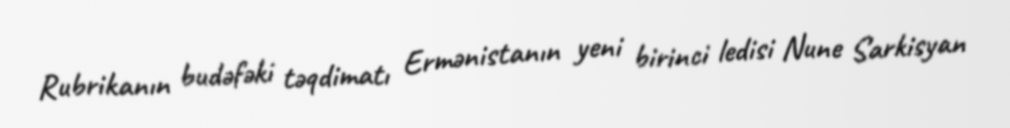
Rubrikanın budəfəki təqdimatı Ermənistanın yeni birinci ledisi Nune Sarkisyan